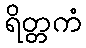
ရိတ္တကံ